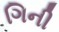
ગિની